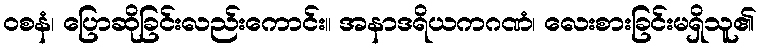
ဝစနံ၊ ပြောဆိုခြင်းလည်းကောင်း။ အနာဒရိယကဂဏံ၊ လေးစားခြင်းမရှိသူ၏